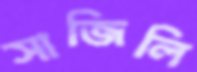
সাজিলি